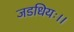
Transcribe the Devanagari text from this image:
जडधियः।।